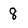
Character: 8